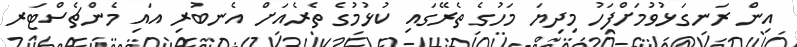
އިން ރަނގަޅުވުމަށްފަހު މިދިޔަ މަހުގެ ތެރޭގައި ކުޅުމުގެ ތެރެއަށް އެނބުރި އައި މެންޗެސްޓަރ